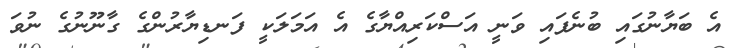
އެ ބަޔާނުގައި ބުނެފައި ވަނީ އަސްކަރިއްޔާގެ އެ އަމަލަކީ ފަނޑިޔާރުންގެ ގާނޫނުގެ ނުވަ